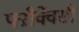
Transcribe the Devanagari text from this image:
फ्ऱीक्वेंसी